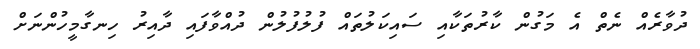
ދުވާރެއް ނެތް އެ މަގުން ކާރުތަކާއި ސައިކަލުތައް ފުލުފުލުން ދުއްވާފައި ދާއިރު ހިނގާމީހުންނަށް